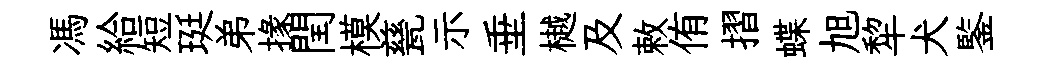
馮給短珽弟掾閏模甆示垂樾及敕侑摺蝶旭犂犬鍳